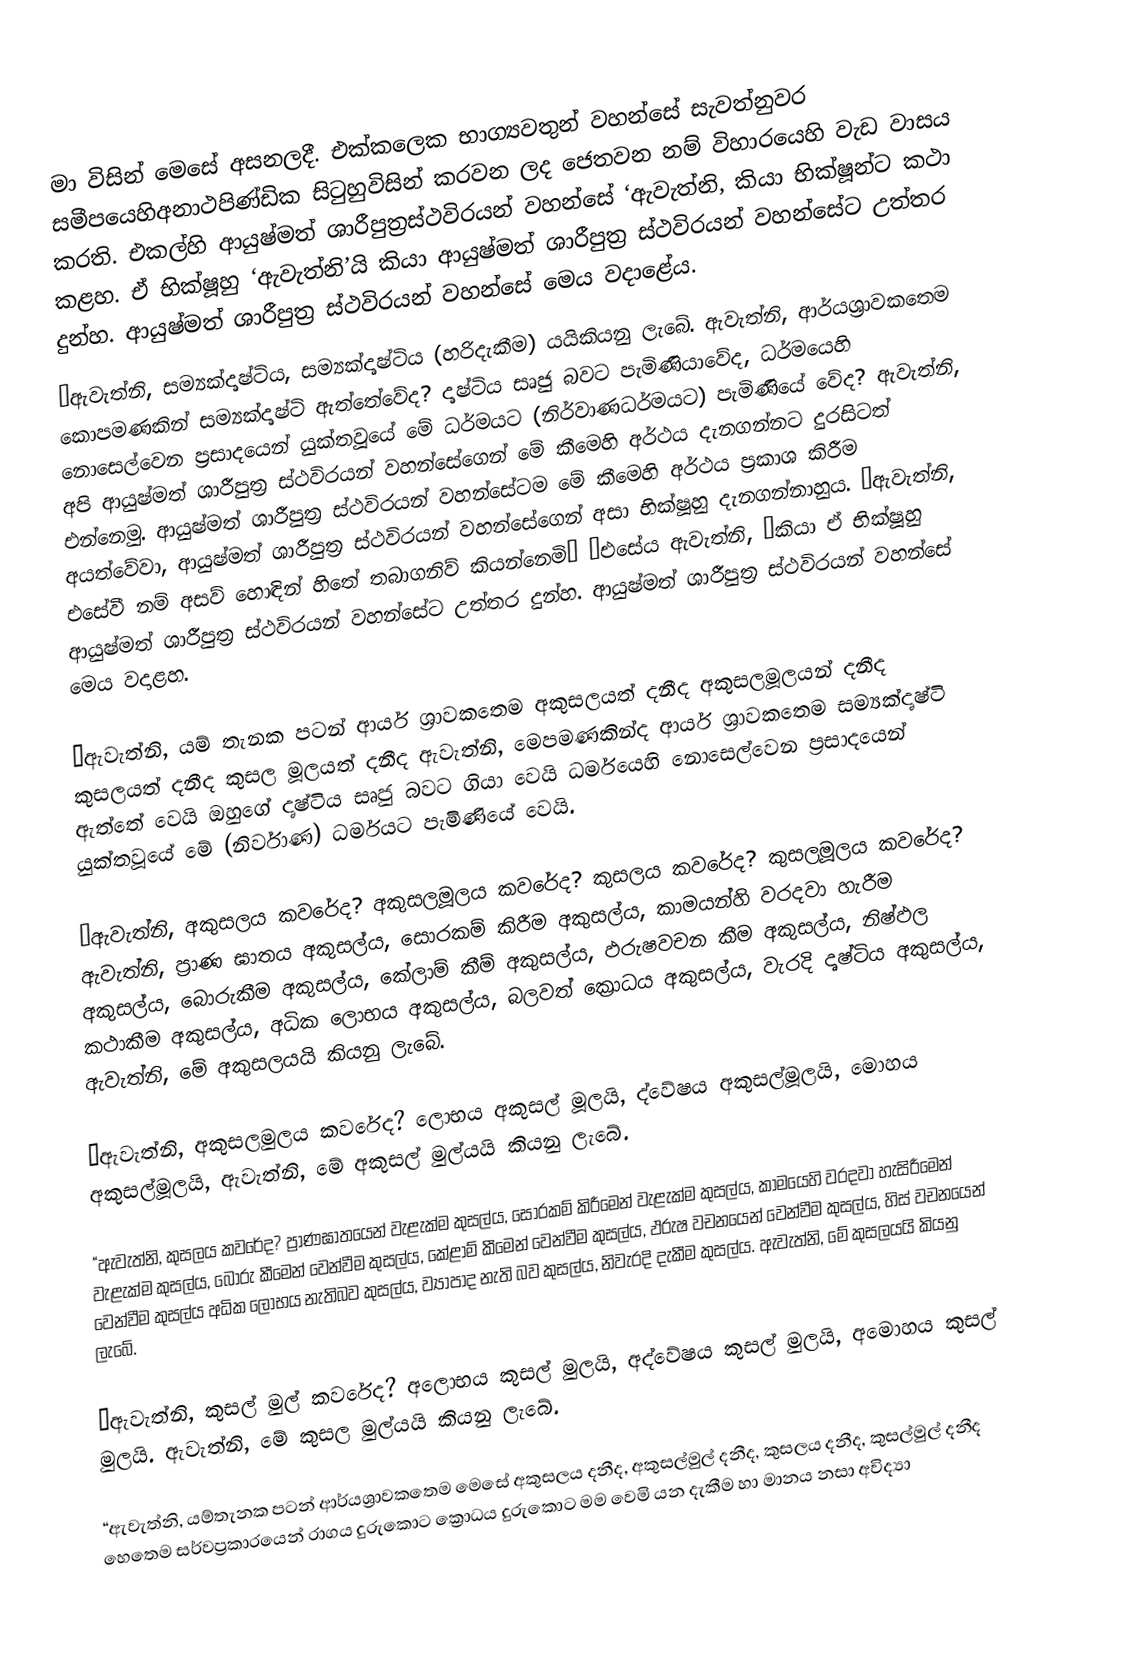

මා විසින් මෙසේ අසනලදී. එක්කලෙක භාග්‍යවතුන් වහන්සේ සැවත්නුවර සමීපයෙහිඅනාථපිණ්ඩික සිටුහුවිසින් කරවන ලද ජෙතවන නම් විහාරයෙහි වැඩ වාසය කරති. එකල්හි ආයුෂ්මත් ශාරීපුත්‍රස්ථවිරයන් වහන්සේ ‘ඇවැත්නි, කියා භික්ෂූන්ට කථා කළහ. ඒ භික්ෂූහු ‘ඇවැත්නි’යි කියා ආයුෂ්මත් ශාරීපුත්‍ර ස්ථවිරයන් වහන්සේට උත්තර දුන්හ. ආයුෂ්මත් ශාරීපුත්‍ර ස්ථවිරයන් වහන්සේ මෙය වදාළේය.
“ඇවැත්නි, සම්‍යක්දෘෂ්ටිය, සම්‍යක්දෘෂ්ටිය (හරිදැකීම) යයිකියනු ලැබේ. ඇවැත්නි, ආර්යශ්‍රාවකතෙම කොපමණකින් සම්‍යක්දෘෂ්ටි ඇත්තේවේද? දෘෂ්ටිය සෘජු බවට පැමිණියාවේද, ධර්මයෙහි නොසෙල්වෙන ප්‍රසාදයෙන් යුක්තවූයේ මේ ධර්මයට (නිර්වාණධර්මයට) පැමිණියේ වේද? ඇවැත්නි, අපි ආයුෂ්මත් ශාරීපුත්‍ර ස්ථවිරයන් වහන්සේගෙන් මේ කීමෙහි අර්ථය දැනගන්නට දුරසිටත් එන්නෙමු. ආයුෂ්මත් ශාරීපුත්‍ර ස්ථවිරයන් වහන්සේටම මේ කීමෙහි අර්ථය ප්‍රකාශ කිරීම අයත්වේවා, ආයුෂ්මත් ශාරීපුත්‍ර ස්ථවිරයන් වහන්සේගෙන් අසා භික්ෂූහු දැනගන්නාහුය. ‘ඇවැත්නි, එසේවී නම් අසව් හොඳින් හිතේ තබාගනිව් කියන්නෙමි’ ‘එසේය ඇවැත්නි, ‘කියා ඒ භික්ෂූහු ආයුෂ්මත් ශාරීපුත්‍ර ස්ථවිරයන් වහන්සේට උත්තර දුන්හ. ආයුෂ්මත් ශාරීපුත්‍ර ස්ථවිරයන් වහන්සේ මෙය වදාළහ.

“ඇවැත්නි, යම් තැනක පටන් ආර්ය ශ්‍රාවකතෙම අකුසලයත් දනීද අකුසලමූලයන් දනීද කුසලයත් දනීද කුසල මූලයත් දනීද ඇවැත්නි, මෙපමණකින්ද ආර්ය ශ්‍රාවකතෙම සම්‍යක්දෘෂ්ටි ඇත්තේ වෙයි ඔහුගේ දෘෂ්ටිය සෘජු බවට ගියා වෙයි ධර්මයෙහි නොසෙල්වෙන ප්‍රසාදයෙන් යුක්තවූයේ මේ (නිර්වාණ) ධර්මයට පැමිණියේ වෙයි.

“ඇවැත්නි, අකුසලය කවරේද? අකුසලමූලය කවරේද? කුසලය කවරේද? කුසලමූලය කවරේද? ඇවැත්නි, ප්‍රාණ ඝාතය අකුසල්ය, සොරකම් කිරීම අකුසල්ය, කාමයන්හි වරදවා හැරීම අකුසල්ය, බොරුකීම අකුසල්ය, කේලාම් කීම් අකුසල්ය, ඵරුෂවචන කීම අකුසල්ය, නිෂ්ඵල කථාකීම අකුසල්ය, අධික ලොභය අකුසල්ය, බලවත් ක්‍රොධය අකුසල්ය, වැරදි දෘෂ්ටිය අකුසල්ය, ඇවැත්නි, මේ අකුසලයයි කියනු ලැබේ.

“ඇවැත්නි, අකුසලමුලය කවරේද? ලොභය අකුසල් මූලයි, ද්වේෂය අකුසල්මූලයි, මොහය අකුසල්මූලයි, ඇවැත්නි, මේ අකුසල් මුල්යයි කියනු ලැබේ.

“ඇවැත්නි, කුසලය කවරේද? ප්‍රාණඝාතයෙන් වැළැක්ම කුසල්ය, සොරකම් කිරීමෙන් වැළැක්ම කුසල්ය, කාමයෙහි වරදවා හැසිරීමෙන් වැළැක්ම කුසල්ය, බොරු කීමෙන් වෙන්වීම කුසල්ය, කේළාම් කීමෙන් වෙන්වීම කුසල්ය, ඵරුෂ වචනයෙන් වෙන්වීම කුසල්ය, හිස් වචනයෙන් වෙන්වීම කුසල්ය අධික ලොභය නැතිබව කුසල්ය, ව්‍යාපාද නැති බව කුසල්ය, නිවැරදි දැකීම කුසල්ය. ඇවැත්නි, මේ කුසලයයි කියනු ලැබේ.

“ඇවැත්නි, කුසල් මුල් කවරේද? අලොභය කුසල් මුලයි, අද්වේෂය කුසල් මුලයි, අමොහය කුසල් මුලයි. ඇවැත්නි, මේ කුසල මුල්යයි කියනු ලැබේ.

“ඇවැත්නි, යම්තැනක පටන් ආර්යශ්‍රාවකතෙම මෙසේ අකුසලය දනීද, අකුසල්මුල් දනීද, කුසලය දනීද, කුසල්මුල් දනීද හෙතෙම සර්වප්‍රකාරයෙන් රාගය දුරුකොට ක්‍රොධය දුරුකොට මම වෙමි යන දැකීම හා මානය නසා අවිද්‍යා